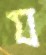
য